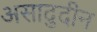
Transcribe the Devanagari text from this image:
असादुदीन